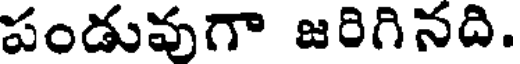
పండువుగా జరిగినది.